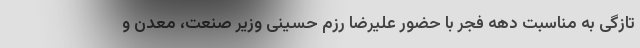
تازگی به مناسبت دهه فجر با حضور علیرضا رزم حسینی وزیر صنعت، معدن و